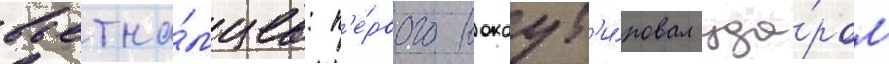
вьетна́мцев: п'е́рвого нокаут'и́ровал уда́ром